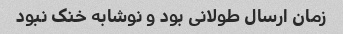
زمان ارسال طولانی بود و نوشابه خنک نبود